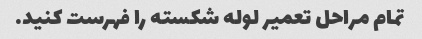
تمام مراحل تعمیر لوله شکسته را فهرست کنید.